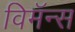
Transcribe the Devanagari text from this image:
विमॅन्स